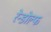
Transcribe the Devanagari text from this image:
रेन्डोल्फ